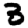
Digit: 3